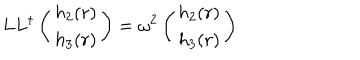
L L ^ { \dagger } \left( \begin{array} { c } { { h _ { 2 } ( r ) } } \\ { { h _ { 3 } ( r ) } } \\ \end{array} \right) = \omega ^ { 2 } \left( \begin{array} { c } { { h _ { 2 } ( r ) } } \\ { { h _ { 3 } ( r ) } } \\ \end{array} \right)